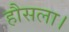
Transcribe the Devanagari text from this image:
हौसला।